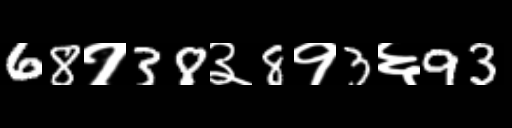
Text: 68१38३8१3६93